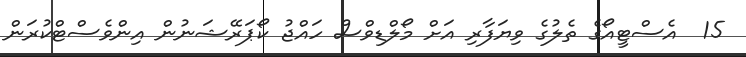
15  އެސްޓީއޯގެ ތެލުގެ ވިޔަފާރި އަށް މޯލްޑިވްސް ހައްޖު ކޯޕަރޭޝަނުން އިންވެސްޓްކުރަން